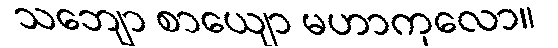
သဘျော စာယျော မဟာကုလော။